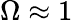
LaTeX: \Omega\approx 1